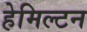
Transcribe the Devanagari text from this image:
हेमिल्‍टन